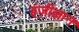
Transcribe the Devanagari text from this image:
इज़ीज्ञान